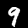
Digit: 9